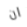
ان